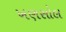
ખણસોલ